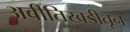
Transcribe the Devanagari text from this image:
अबीतिखडीतून